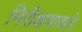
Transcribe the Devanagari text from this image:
निरीक्षणाकडे